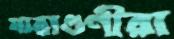
যাত্রাগুণীরা